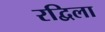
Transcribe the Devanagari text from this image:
रद्विला